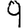
Digit: 9